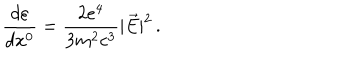
LaTeX: \frac { d \varepsilon } { d x ^ { 0 } } = \frac { 2 e ^ { 4 } } { 3 m ^ { 2 } c ^ { 3 } } | \vec { E } | ^ { 2 } \, { . }